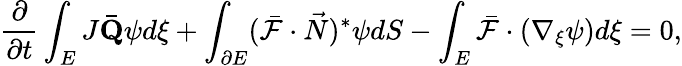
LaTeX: \frac{\partial}{\partial t}\int_{E}J\mathbf{\bar{Q}}\psi d\xi+\int_{\partial E}(\bar{\mathcal{F}}\cdot\vec{N})^{*}\psi dS-\int_{E}\bar{\mathcal{F}}\cdot(\nabla_{\xi}\psi)d\xi=0,